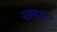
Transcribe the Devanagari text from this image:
श्ख़स